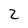
Character: 2